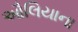
ઔલિયાના